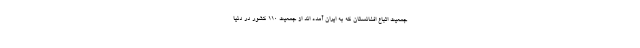
جمعیت اتباع افغانستان که به ایران آمده اند از جمعیت ۱۱۰ کشور در دنیا